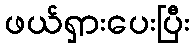
ဖယ်ရှားပေးပြီး